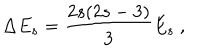
\Delta E _ { s } = \frac { 2 s ( 2 s - 3 ) } { 3 } E _ { s } \ ,